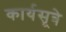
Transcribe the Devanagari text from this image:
कार्यसूत्रे